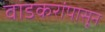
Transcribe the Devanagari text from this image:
वाडकरांपासून